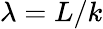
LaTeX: \lambda=L/k